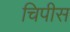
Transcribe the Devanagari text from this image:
चिपीस